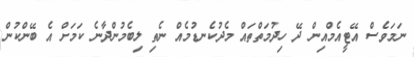
ނަމަވެސް އޭޓީއެމްއިން ދޭ ހިދުމަތްތައް މެދުކެނޑުމެއް ނެތި ލިބެމުންދާނެ ކަމަށް އެ ބޭންކުން